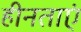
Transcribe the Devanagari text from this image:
हीनताएं